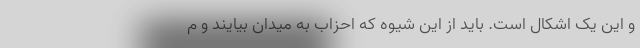
و این یک اشکال است. باید از این شیوه که احزاب به میدان بیایند و م